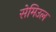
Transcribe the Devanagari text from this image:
सेमिउल